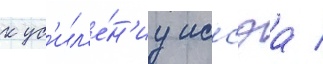
к ус'ил'е́н'иу иссэа /